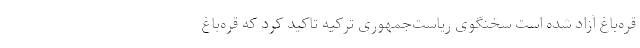
قره‌باغ آزاد شده است سخنگوی ریاست‌جمهوری ترکیه تاکید کرد که قره‌باغ